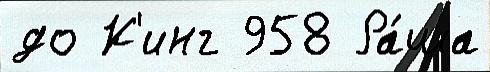
до К'инг 958 Ра́ша